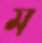
ম